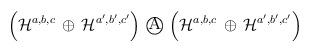
LaTeX: \begin{align*}\left({\cal H}^{a, b, c} \,\oplus\, {\cal H}^{a^{\prime}, b^{\prime},c^{\prime}}\right) \,\textcircled{\scshape A}\, \left({\cal H}^{a, b, c} \,\oplus\, {\cal H}^{a^{\prime},b^{\prime}, c^{\prime}}\right)\end{align*}